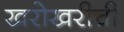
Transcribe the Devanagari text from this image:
खरोखरीची